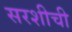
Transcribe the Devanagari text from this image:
सरशीची